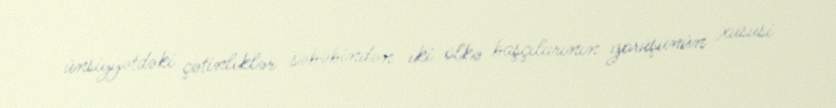
ünsiyyətdəki çətinliklər səbəbindən iki ölkə başçılarının görüşünün xüsusi